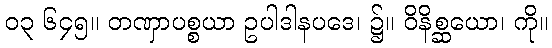
၀၃ ၆၄၅။ တဏှာပစ္စယာ ဥပါဒါနပဒေ၊ ၌။ ဝိနိစ္ဆယော၊ ကို။